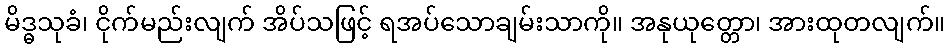
မိဒ္ဓသုခံ၊ ငိုက်မည်းလျက် အိပ်သဖြင့် ရအပ်သောချမ်းသာကို။ အနုယုတ္တော၊ အားထုတလျက်။